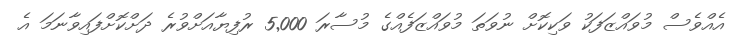
އެއްވެސް މުވައްޒަފަކު ވަކިކޮށް ނުވަތަ މުވައްޒަފެއްގެ މުސާރަ 5